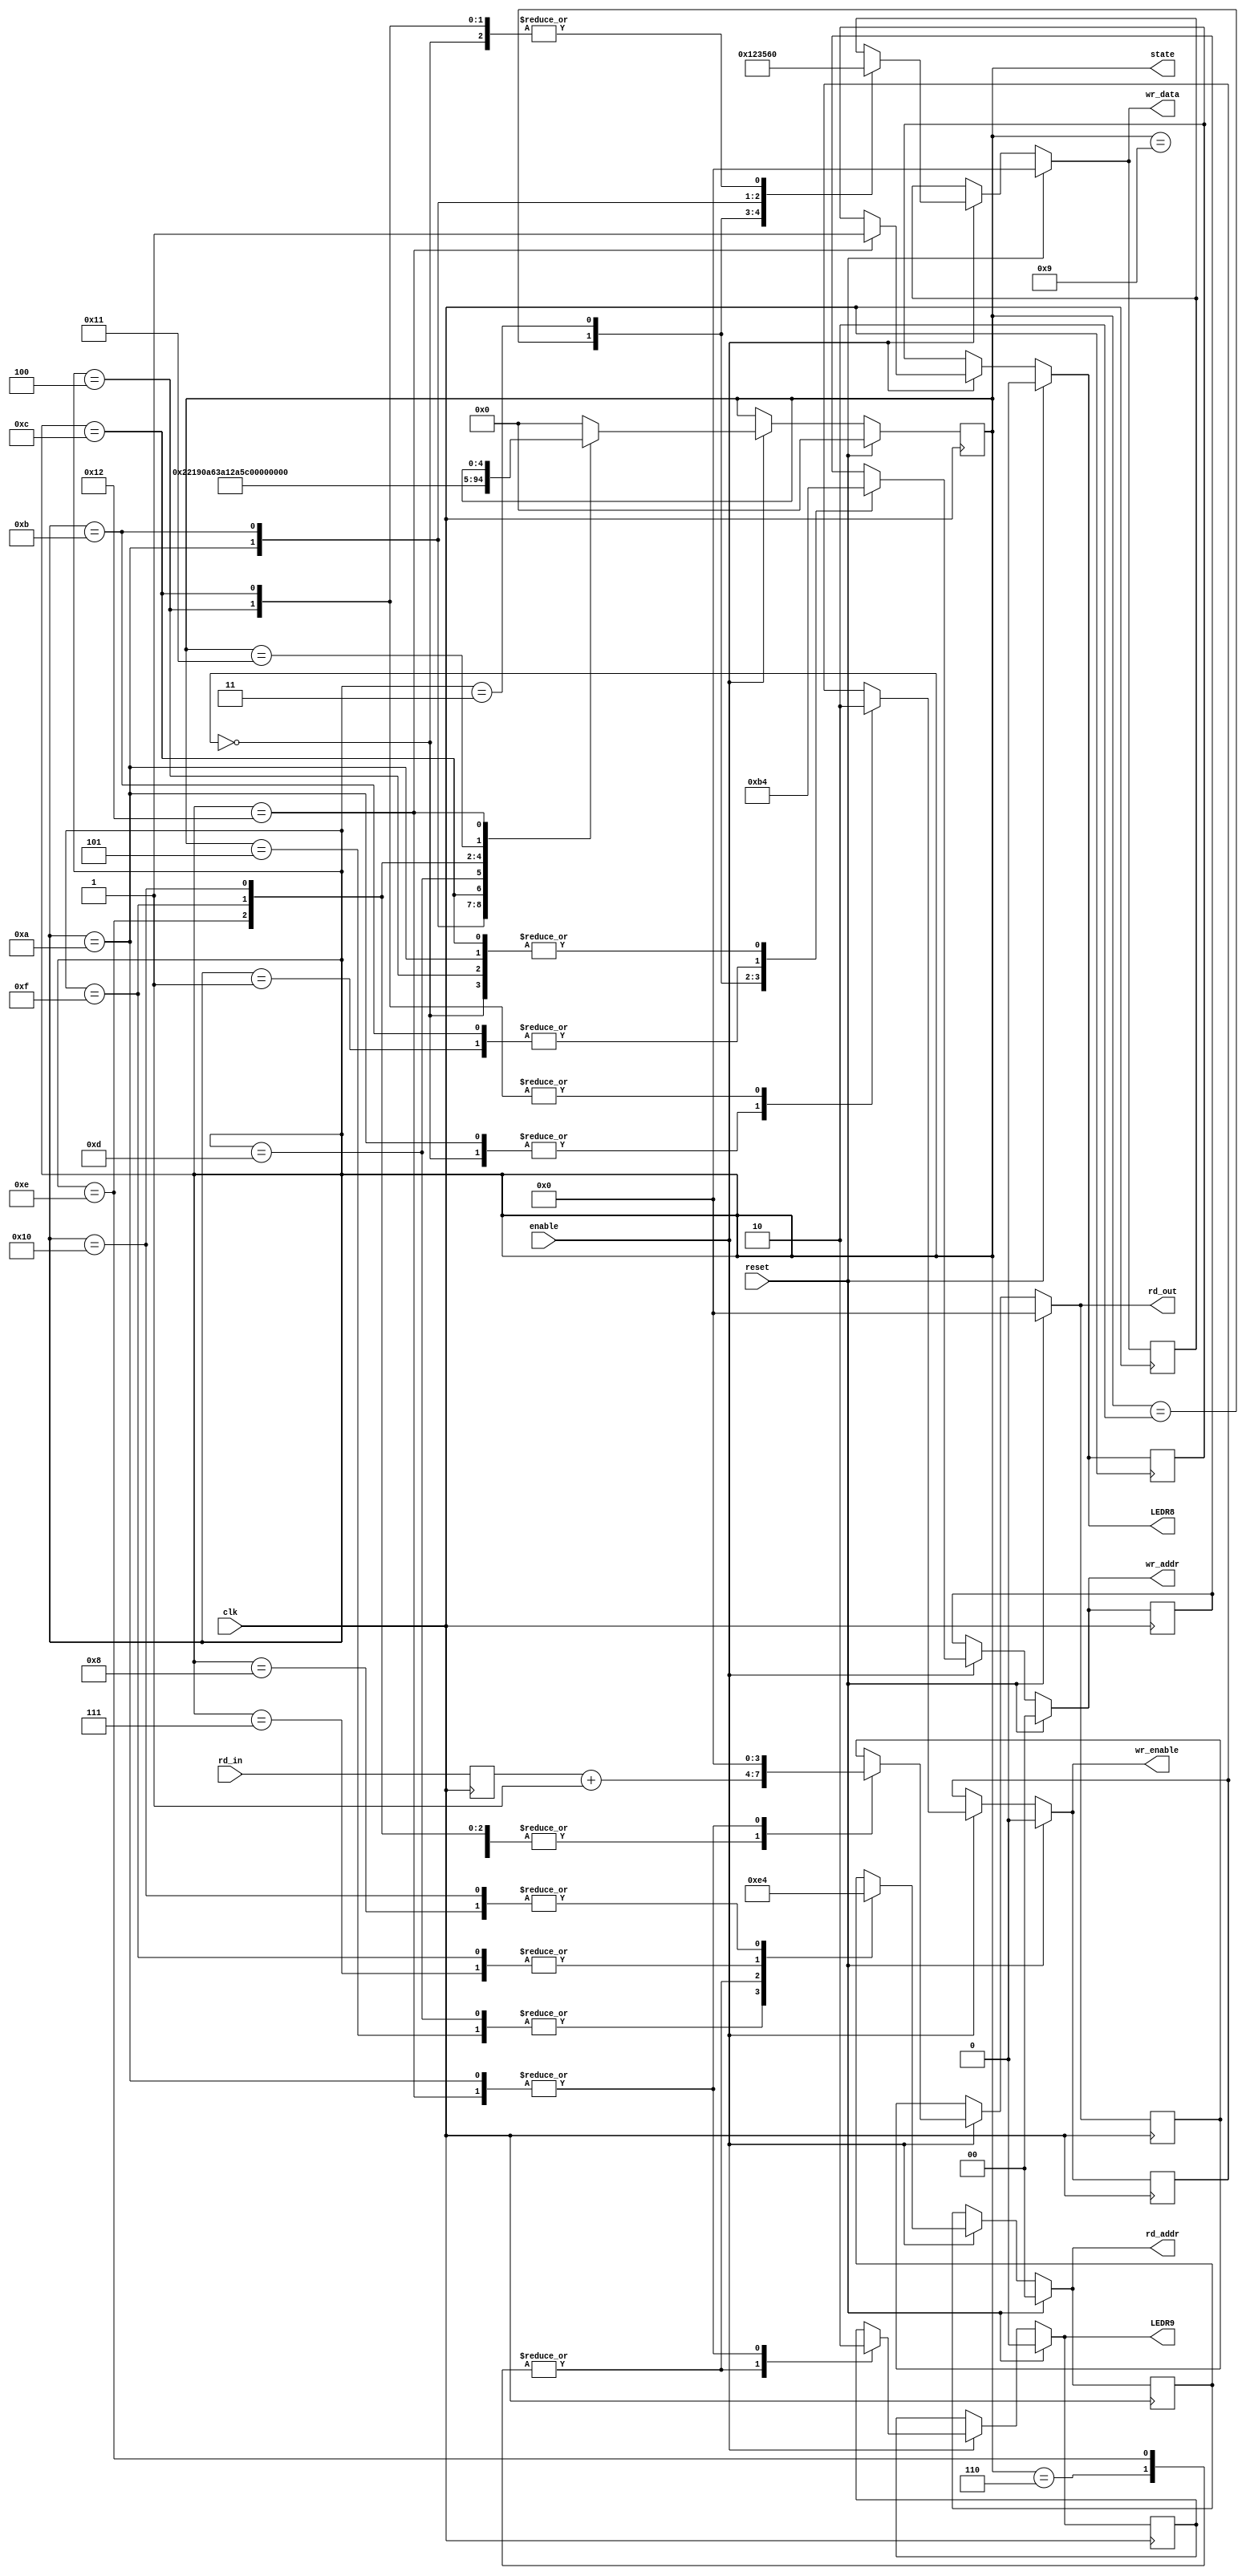
module fsm(enable, clk, reset, rd_in, rd_out, LEDR8, LEDR9, wr_enable, wr_addr, wr_data, rd_addr, state);

input enable;
input clk;
input reset;
input [3:0] rd_in;

output [3:0] rd_out;
output LEDR8;
output LEDR9;
output wr_enable;
output [1:0] wr_addr;
output [3:0] wr_data;
output [1:0] rd_addr;
output [4:0] state;

//State Assignments

//step2
parameter LOAD_10 = 5'b00_000; //0
parameter LOAD_11 = 5'b00_001; //1
parameter LOAD_12 = 5'b00_010; //2
parameter LOAD_13 = 5'b00_011; //3
parameter WAIT_1 =  5'b00_100; //4
//step3
parameter READ_13 = 5'b00_101; //5
parameter READ_12 = 5'b00_110; //6
parameter READ_11 = 5'b00_111; //7
parameter READ_10 = 5'b01_000; //8
parameter WAIT_2 =  5'b01_001; //9
//step4
parameter LOAD_20 = 5'b01_010; //10
parameter LOAD_21 = 5'b01_011; //11
parameter WAIT_3 =  5'b01_100; //12
//step5
parameter READ_23 = 5'b01_101; //13
parameter READ_22 = 5'b01_110; //14
parameter READ_21 = 5'b01_111; //15
parameter READ_20 = 5'b10_000; //16
//step6
parameter WAIT_4 = 5'b10_001; //17
parameter WAIT_5 = 5'b10_010; //18
//End state Assignments


//18 states -> 5 bits required
reg [4:0] state, state_c;
reg [3:0] rd_in_r;
reg wr_enable;
reg [1:0] wr_addr, rd_addr;
reg [3:0] wr_data, rd_out;
reg LEDR8, LEDR9;

reg wr_enable_r;
reg [1:0] wr_addr_r, rd_addr_r;
reg [3:0] wr_data_r, rd_out_r;
reg LEDR8_r, LEDR9_r;


always @(*) begin
    //default
    state_c = state;
    wr_addr = wr_addr_r;
    wr_data = wr_data_r;
    wr_enable = wr_enable_r;
    rd_addr = rd_addr_r;
    LEDR8 = LEDR8_r;
    LEDR9 = LEDR9_r;
	rd_out = rd_out_r;
     
    if(enable == 1'b1) begin
        case(state)
            //step 2
            LOAD_10: begin
                wr_enable = 1'b1;
                wr_addr = 2'b00;
                wr_data = 4'b0000;
                state_c = LOAD_11;
            end//LOAD_10
            LOAD_11: begin
                wr_addr = 2'b01;
                wr_data = 4'b0001;
                state_c = LOAD_12;
            end//LOAD_11
            LOAD_12: begin
                wr_addr = 2'b10;
                wr_data = 4'b0010;
                state_c = LOAD_13;
            end//LOAD_12
            LOAD_13: begin
                wr_addr = 2'b11;
                wr_data = 4'b0011;
                state_c = WAIT_1;
            end//LOAD_13
            WAIT_1: begin
                wr_enable = 1'b0;
                wr_addr = 2'b00;
                wr_data = 4'b0000;
                state_c = READ_13;  
            end//WAIT_1
            //end step 2

            //step 3
            READ_13: begin             
                rd_addr = 2'b11;
                state_c = READ_12;          
            end //READ_13
            READ_12: begin
                LEDR9 = 1'b1;
                rd_addr = 2'b10;
                rd_out = rd_in_r + 4'b0001;
                state_c = READ_11;    
            end //READ_12
            READ_11: begin
                rd_addr = 2'b01;
                rd_out = rd_in_r + 4'b0001;
                state_c = READ_10;  
            end //READ_11
            READ_10: begin
                rd_addr = 2'b00;
                rd_out = rd_in_r + 4'b0001;
                state_c = WAIT_2;
            end //READ_10
            WAIT_2: begin
                rd_out = rd_in_r + 4'b0001;
                state_c = LOAD_20;
            end //WAIT_2
            //end step 3

            //step 4
            LOAD_20: begin
                rd_out = 4'b0000;
                LEDR9 = 1'b0;
                wr_enable = 1'b1;
                wr_addr = 2'b00;
                wr_data = 4'b0101;
                state_c = LOAD_21;
            end //LOAD_20
            LOAD_21: begin  
                wr_addr = 2'b01;
                wr_data = 4'b0110;
                state_c = WAIT_3;
            end //LOAD_21
            WAIT_3: begin
                wr_addr = 2'b00;
                wr_data = 4'b0000;
                wr_enable = 1'b0;
                state_c = READ_23;    
            end //WAIT_3
            //end step 4
            
            //step 3 again
            READ_23: begin
                rd_addr = 2'b11;
                state_c = READ_22;
            end //READ_23
            READ_22: begin
                LEDR9 = 1'b1;
                rd_addr = 2'b10;
                rd_out = rd_in_r + 4'b0001;
                state_c = READ_21;     
            end //READ_22
            READ_21: begin
                rd_addr = 2'b01;
                rd_out = rd_in_r + 4'b0001;
                state_c = READ_20;     
            end //READ_21
            READ_20: begin
                rd_addr = 2'b00;
                rd_out = rd_in_r + 4'b0001;
                state_c = WAIT_4;
            end //READ_20
            WAIT_4: begin
                rd_out = rd_in_r + 4'b0001;
                state_c = WAIT_5;
            end //WAIT_4
            //end step 3 again

            //step 6
            WAIT_5: begin
                LEDR9 = 1'b0;
                LEDR8 = 1'b1;
                rd_out = 4'b0000;
            end
            //end step 6

            default: begin
                state_c = LOAD_10;
            end
        endcase
    end
    //reset
    if(reset == 1'b1) begin
        wr_addr = 2'b00;
        wr_data = 4'h0;
        wr_enable = 1'b0;
        rd_addr = 2'b00;
        LEDR8 = 1'b0;
        LEDR9 = 1'b0;
        rd_out = 4'h0;
        state_c = LOAD_10;
    end

end //always

//FF
always @(posedge clk) begin
	state <= #1 state_c;
    rd_in_r <= #1 rd_in;

    wr_addr_r <= #1 wr_addr;
    wr_data_r <= #1 wr_data;
    wr_enable_r <= #1 wr_enable;
    rd_addr_r <= #1 rd_addr;
    LEDR8_r <= #1 LEDR8;
    LEDR9_r <= #1 LEDR9;
	rd_out_r <= #1 rd_out;
end
endmodule